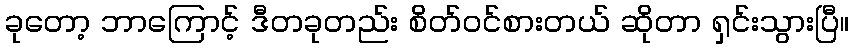
ခုတော့ ဘာကြောင့် ဒီတခုတည်း စိတ်ဝင်စားတယ် ဆိုတာ ရှင်းသွားပြီ။